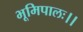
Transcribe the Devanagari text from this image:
भूमिपालः।।